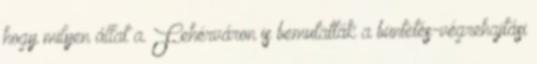
hogy milyen állat a. Fehérváron is bemutatták a büntetés-végrehajtási